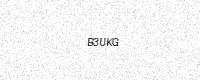
Text: B3UKG